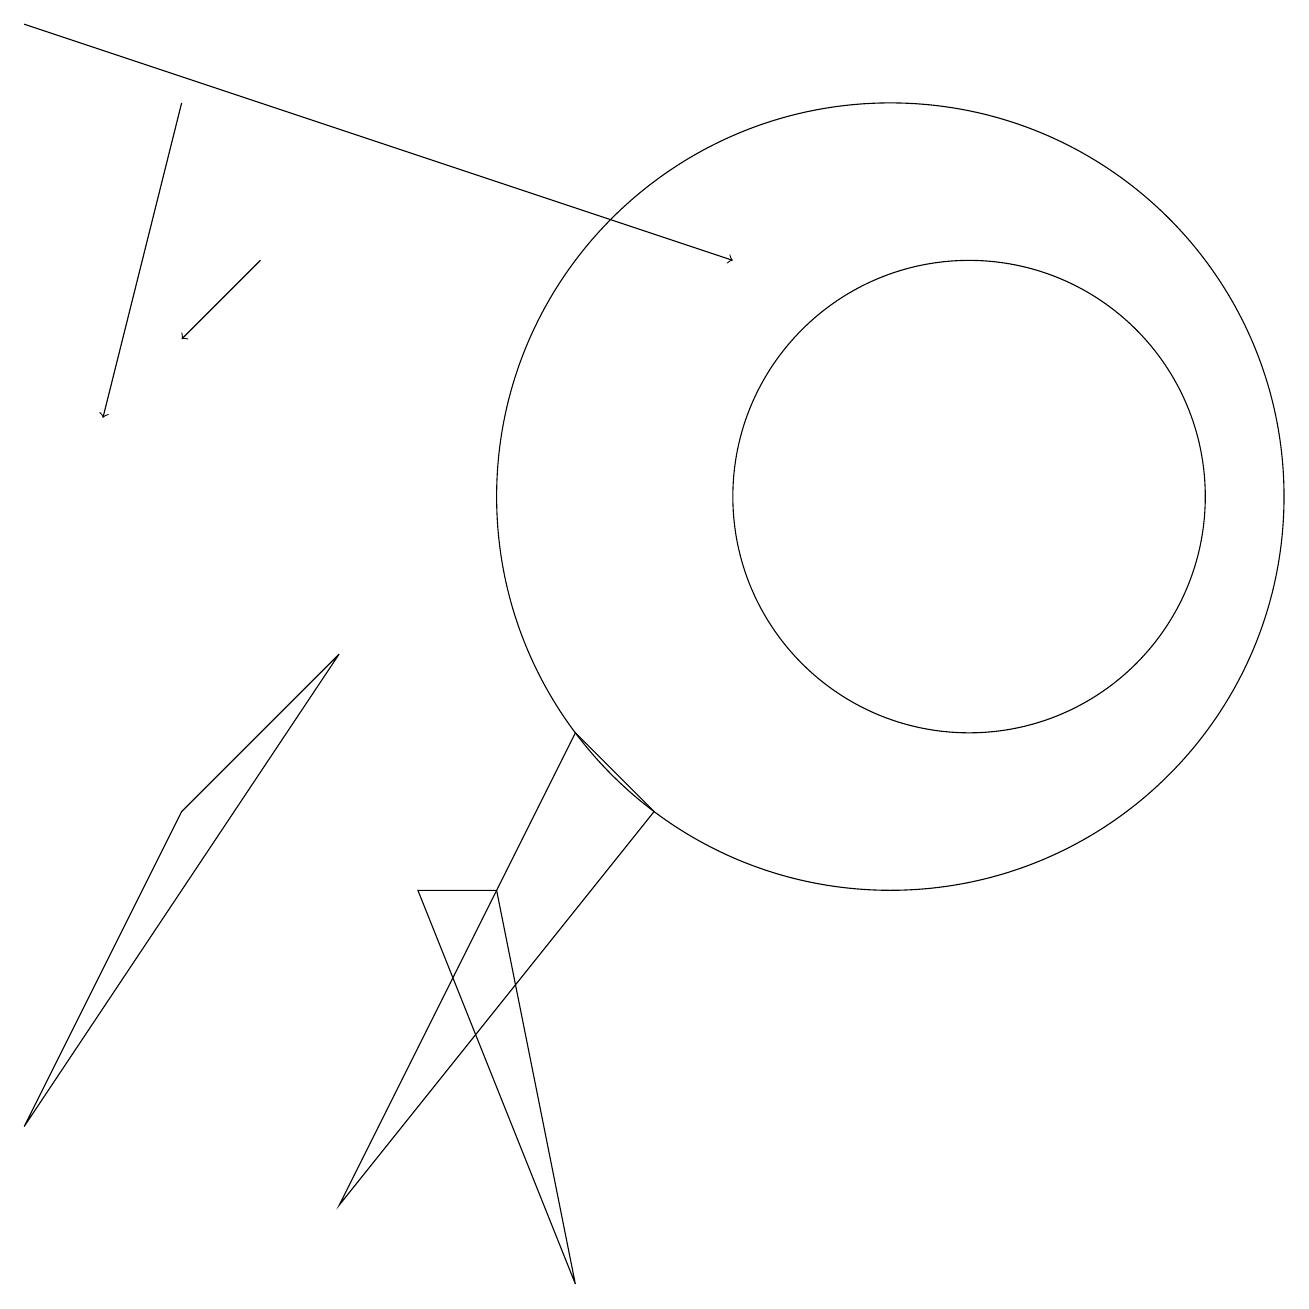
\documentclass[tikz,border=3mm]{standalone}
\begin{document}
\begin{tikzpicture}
\draw[->] (3,14) -- (2,13);
\draw (8,7) -- (4,2) -- (7,8) -- cycle;
\draw (4,9) -- (0,3) -- (2,7) -- cycle;
\draw (7,1) -- (6,6) -- (5,6) -- cycle;
\draw[->] (2,16) -- (1,12);
\draw (12,11) circle (3);
\draw[->] (0,17) -- (9,14);
\draw (11,11) circle (5);
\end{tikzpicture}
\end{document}